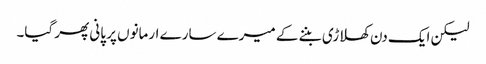
لیکن ایک دن کھلاڑی بننے کے میرے سارے ارمانوں پر پانی پھر گیا۔